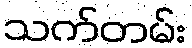
သက်တမ်း